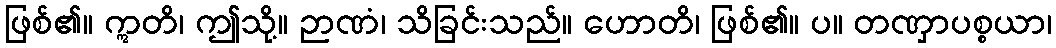
ဖြစ်၏။ ဣတိ၊ ဤသို့။ ဉာဏံ၊ သိခြင်းသည်။ ဟောတိ၊ ဖြစ်၏။ ပ။ တဏှာပစ္စယာ၊